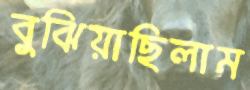
বুঝিয়াছিলাম